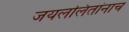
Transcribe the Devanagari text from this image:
जयललितांनाच